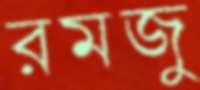
রমজু